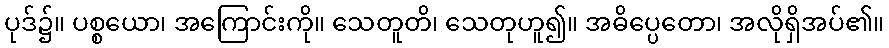
ပုဒ်၌။ ပစ္စယော၊ အကြောင်းကို။ သေတူတိ၊ သေတုဟူ၍။ အဓိပ္ပေတော၊ အလိုရှိအပ်၏။